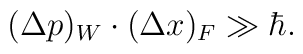
(\Delta p)_W \cdot (\Delta x)_F \gg \hbar.